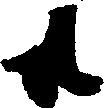
共